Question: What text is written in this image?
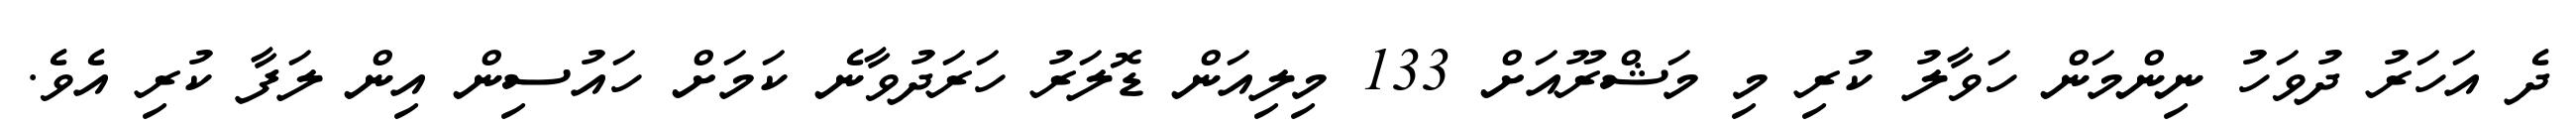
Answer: ދެ އަހަރު ދުވަހު ނިންމަން ހަވާލު ކުރި މި މަޝްރޫއަށް 133 މިލިއަން ޑޮލަރު ހަރަދުވާނެ ކަމަށް ހައުސިން އިން ލަފާ ކުރި އެވެ.